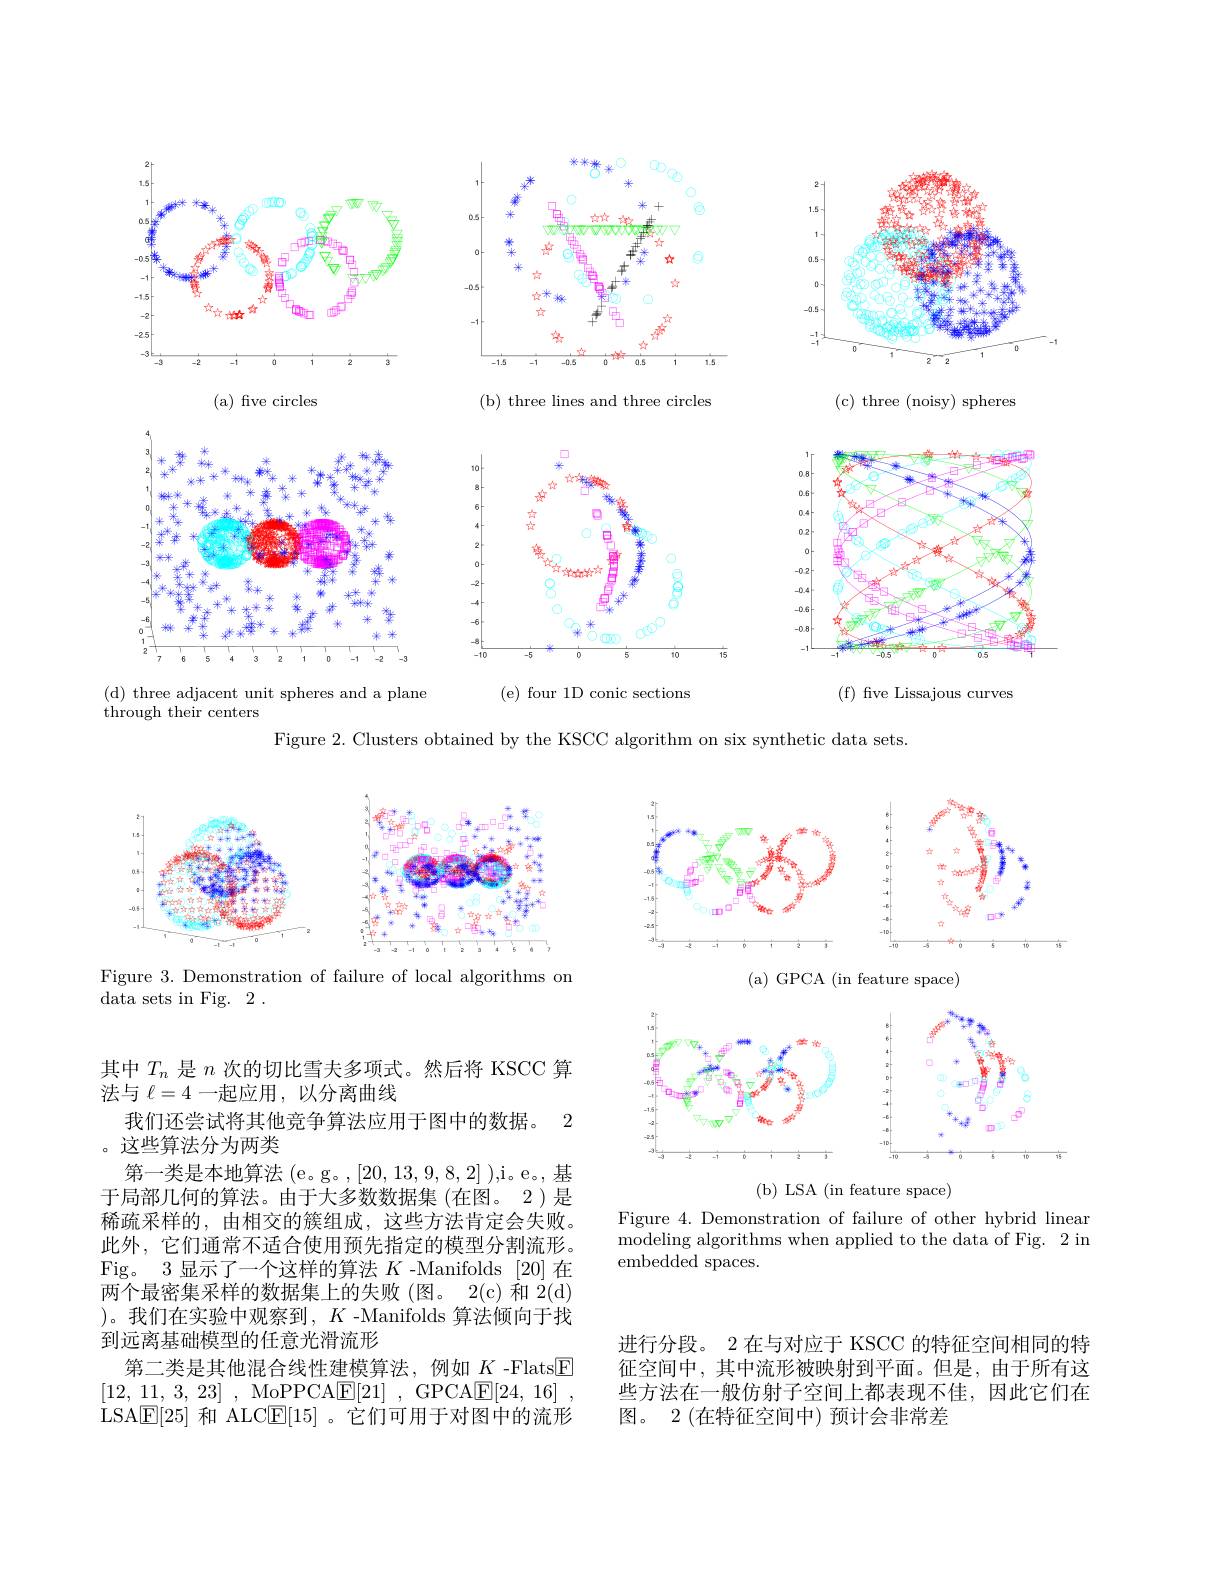
<FigureHere>

<FigureHere>

(c) three (noisy) spheres

(d) three adjacent unit spheres and a plane

<FigureHere>

(f) five Lissajous curves

( e) four 1D conic sections

through their centers

Figure 2. Clusters obtained by the KSCC algorithm on six synthetic data sets.

<FigureHere>

<FigureHere>

(a) GPCA (in feature space)

Figure 3. Demonstration of failure of local algorithms on
data sets in Fig. 2 .

<FigureHere>

(b) LSA (in feature space)

Figure 4. Demonstration of failure of other hybrid linear modeling algorithms when applied to the data of Fig. 2 in embedded spaces.

其中$T_n$是$n$次的切比雪夫多项式。然后将 KSCC 算
法与$\ell=4$一起应用，以分离曲线
我们还尝试将其他竞争算法应用于图中的数据。2
。这些算法分为两类
第一类是本地算法 (e。g。,[20,13,9,8,2] ),i。e。,基于局部几何的算法。由于大多数数据集 (在图。2)是稀疏采样的，由相交的簇组成，这些方法肯定会失败。此外，它们通常不适合使用预先指定的模型分割流形。Fig。3 显示了一个这样的算法$K$ -Manifolds [20]在两个最密集采样的数据集上的失败(图。2(c)和$\dot{2} ($d) )。我们在实验中观察到$,K$ -Manifolds 算法倾向于找到远离基础模型的任意光滑流形
第二类是其他混合线性建模算法，例如$\underline{K}$ -Flats$\boxed{\mathrm{E}}$ [12, 11, 3, 23] , MoPPCA$\underline {{\mathrm{E} }}[ 21]$ , GPCA$\underline {{\mathrm{E} }}[ 24$, 16] LSA$\boxed{\mathrm{E}}[25]$和 ALC$\boxed{\mathrm{E}}[15]$ 。它们可用于对图中的流形

进行分段。2 在与对应于 KSCC 的特征空间相同的特征空间中，其中流形被映射到平面。但是，由于所有这些方法在一般仿射子空间上都表现不佳，因此它们在图。2 (在特征空间中) 预计会非常差